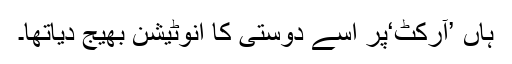
ہاں ’آرکُٹ‘پر اسے دوستی کا اِنوِٹیشن بھیج دیاتھا۔